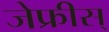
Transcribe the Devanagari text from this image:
जेफ्रीस्